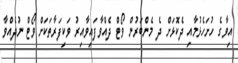
އިވާގެ ހުށަހެޅުމާއި ދެކޮޅަށް ދެ މެންބަރުން ވޯޓް ދެއްވާފައިވާއިރު ވަކިފަރާތަކަށް ވޯޓް ނުދެއްވާ